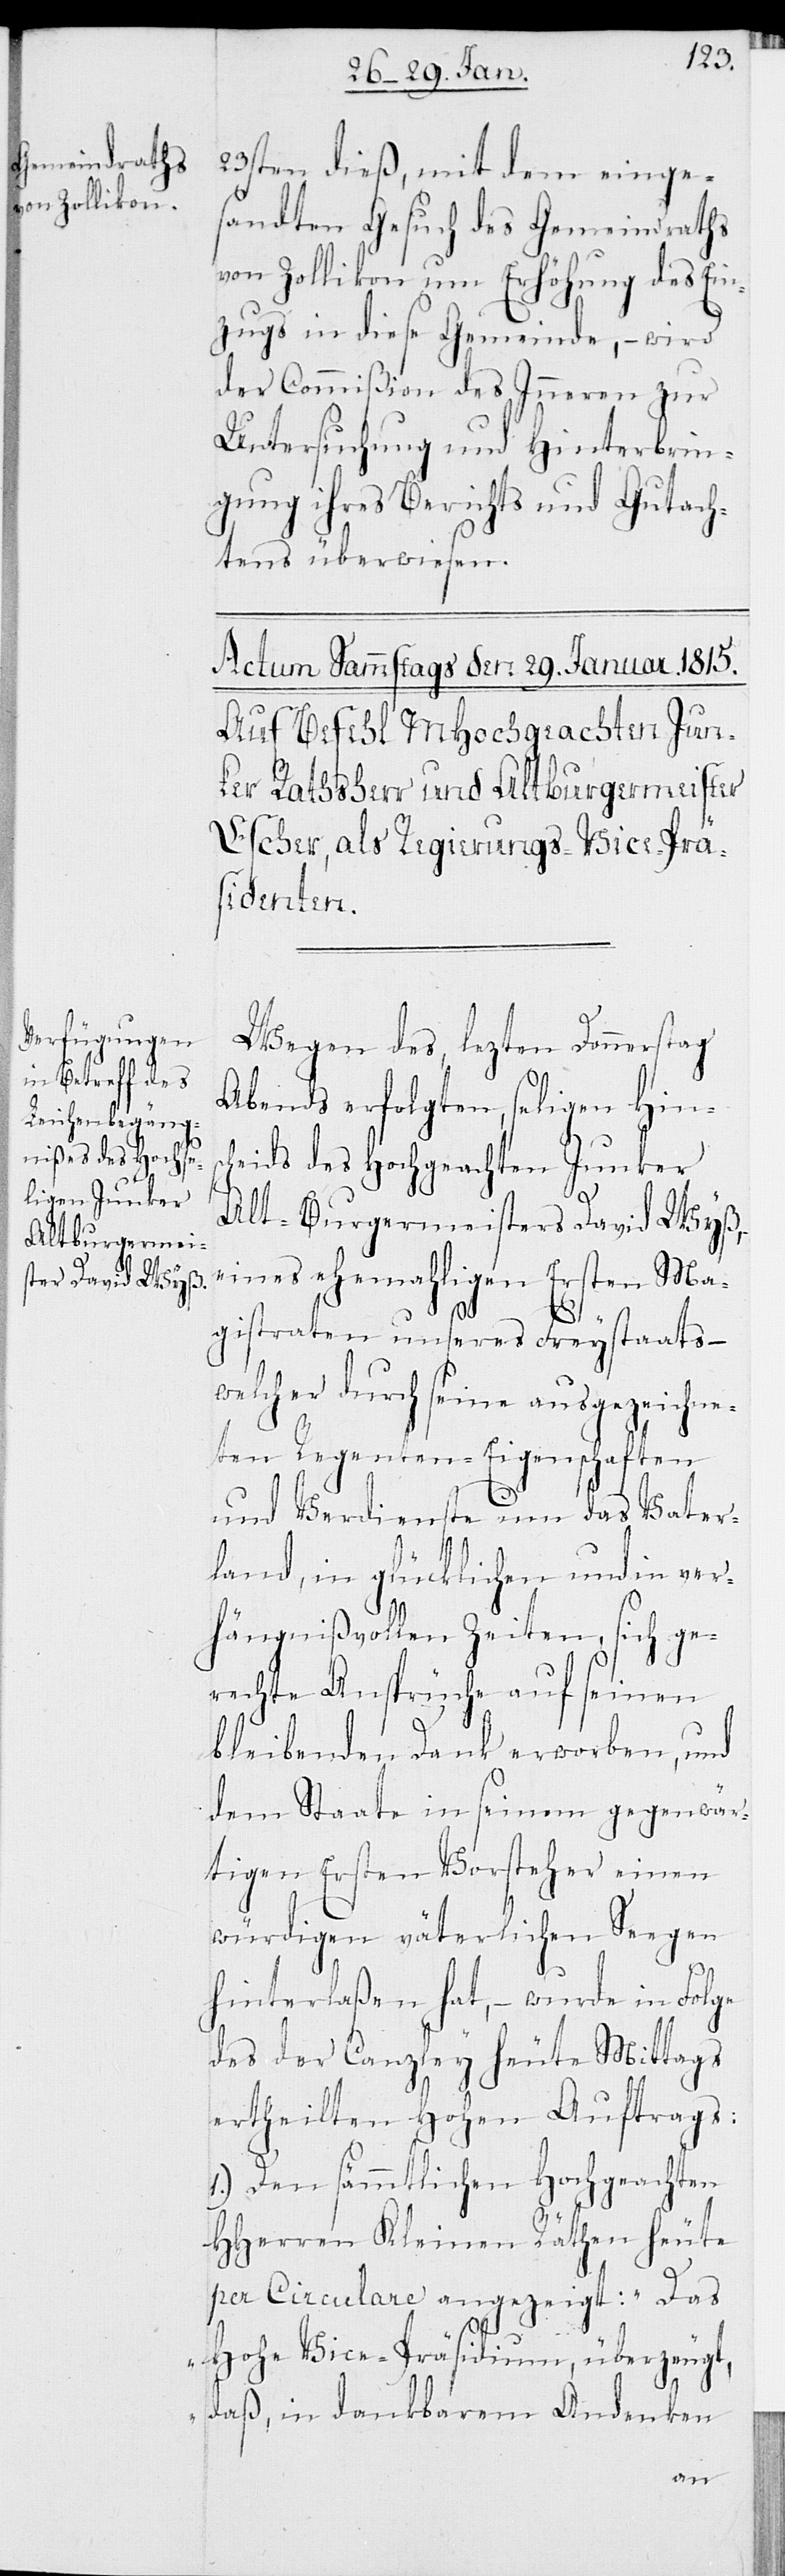
23sten dieß, mit dem einge¬
sandten Gesuch des Gemeindraths
von Zollikon um Erhöhung des Ein¬
zugs in diese Gemeinde, – wird
der Commißion des Inneren zur
Untersuchung und Hinterbrin¬
gung ihres Berichts und Gutach¬
tens überwiesen.
Wegen des, lezten Donnerstag
Abends erfolgten, seligen Hinsc¬
heids des Hochgeachten Junker
Alt-Burgermeisters David Wyß,
eines ehemahligen Ersten Ma¬
gistraten unseres Freystaats –
welcher durch seine ausgezeichne¬
ten Regenten-Eigenschaften
und Verdienste um das Vater¬
land, in glücklichen und in ver¬
hängnißvollen Zeiten, sich ge¬
rechte Ansprüche auf seinen
bleibenden Dank erworben, und
dem Staate in seinem gegenwär¬
tigen ersten Vorsteher einen
würdigen väterlichen Seegen
hinterlaßen hat, – wurde in Folge
des der Canzley heute Mittags
ertheilten Hohen Auftrags:
1.) Den sämmtlichen Hochgeachten
HHerren Kleinen Räthen heute
per Circulare angezeigt: „Das
Hohe Vice-Präsidium, überzeugt,
daß, in dankbarem Andenken